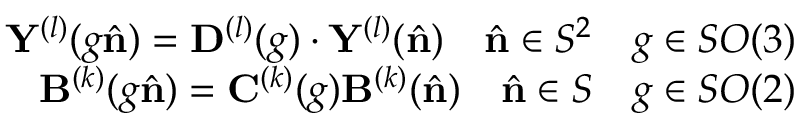
\begin{array} { r } { \mathbf { Y } ^ { ( l ) } ( g \hat { \mathbf { n } } ) = \mathbf { D } ^ { ( l ) } ( g ) \cdot \mathbf { Y } ^ { ( l ) } ( \hat { \mathbf { n } } ) \quad \hat { \mathbf { n } } \in S ^ { 2 } \quad g \in S O ( 3 ) } \\ { \mathbf { B } ^ { ( k ) } ( g \hat { \mathbf { n } } ) = \mathbf { C } ^ { ( k ) } ( g ) \mathbf { B } ^ { ( k ) } ( \hat { \mathbf { n } } ) \quad \hat { \mathbf { n } } \in S \quad g \in S O ( 2 ) } \end{array}